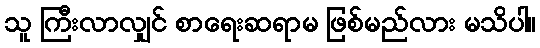
သူ ကြီးလာလျှင် စာရေးဆရာမ ဖြစ်မည်လား မသိပါ။